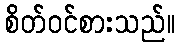
စိတ်ဝင်စားသည်။